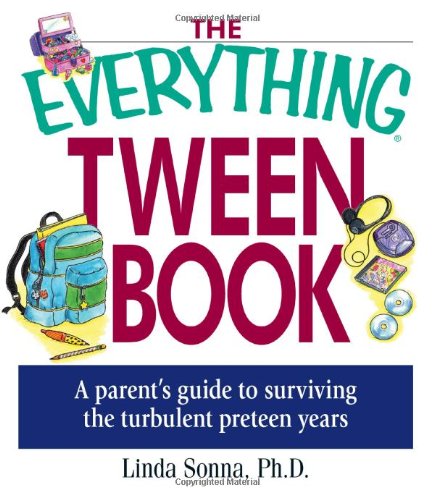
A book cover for The Everything Tween Book: A Parent's Guide to Surviving the Turbulent Pre-Teen Years; Linda Sonna; Parenting & Relationships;